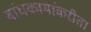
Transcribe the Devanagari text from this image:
बांधकामांकरीता